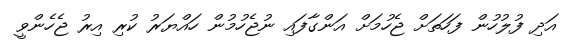
އަދި ފުލުހުން ފަހަތަށް ޖެހުމަށް އަންގާފައި ނުޖެހުމުން ހައްޔަރު ކުރި އިރު ޖެހެންވީ